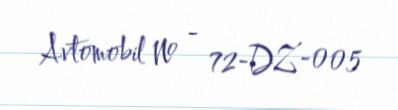
Avtomobil № - 72-DZ-005